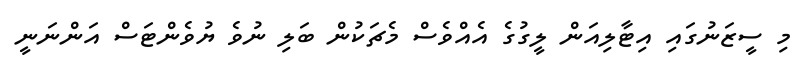
މި ސީޒަނުގައި އިޓާލިއަން ލީގުގެ އެއްވެސް މެޗަކުން ބަލި ނުވެ ޔުވެންޓަސް އަންނަނީ